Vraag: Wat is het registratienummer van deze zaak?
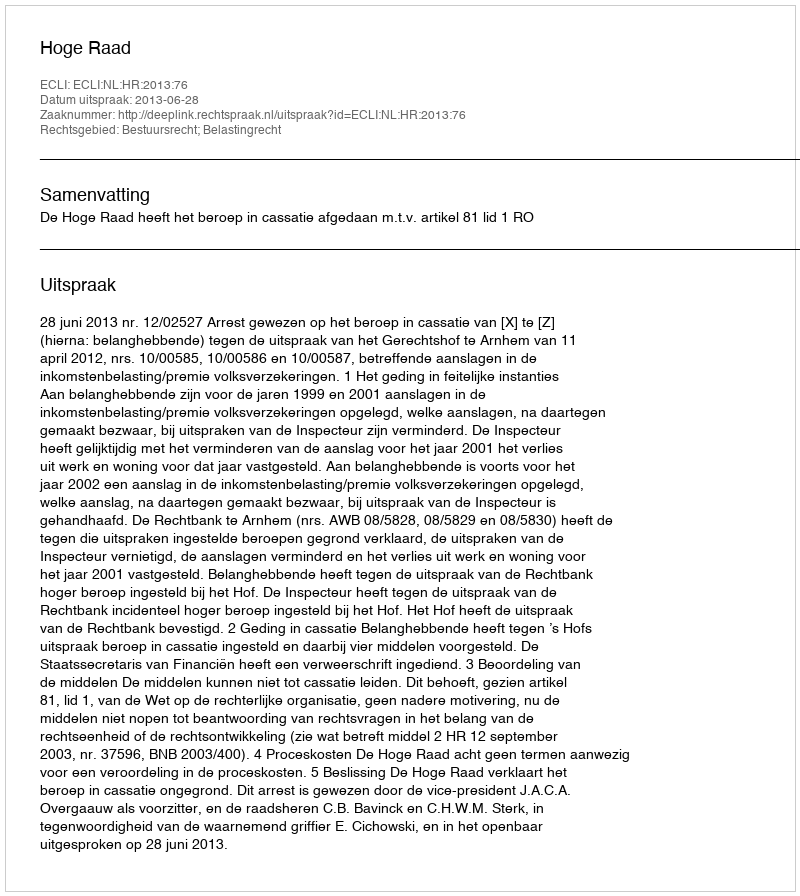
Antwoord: http://deeplink.rechtspraak.nl/uitspraak?id=ECLI:NL:HR:2013:76